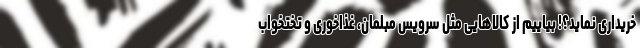
خریداری نماید؟! بیاییم از کالاهایی مثل سرویس مبلمان، غذاخوری و تختخواب